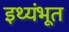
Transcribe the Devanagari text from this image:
इथ्यंभूत